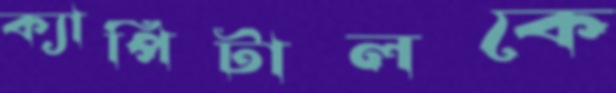
ক্যাপিটালকে